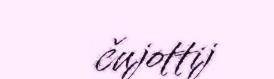
čujottij